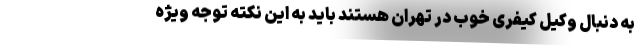
به دنبال وکیل کیفری خوب در تهران هستند باید به این نکته توجه ویژه